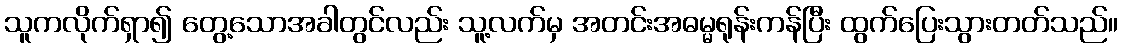
သူကလိုက်ရှာ၍ တွေ့သောအခါတွင်လည်း သူ့လက်မှ အတင်းအဓမ္မရုန်းကန်ပြီး ထွက်ပြေးသွားတတ်သည်။